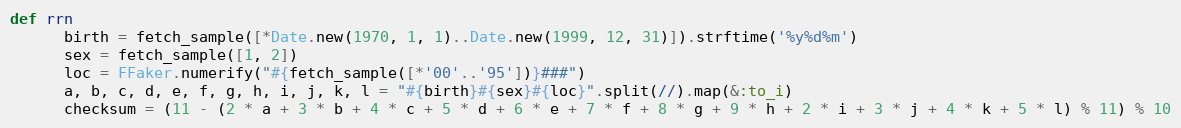
Language: Ruby
def rrn
      birth = fetch_sample([*Date.new(1970, 1, 1)..Date.new(1999, 12, 31)]).strftime('%y%d%m')
      sex = fetch_sample([1, 2])
      loc = FFaker.numerify("#{fetch_sample([*'00'..'95'])}###")
      a, b, c, d, e, f, g, h, i, j, k, l = "#{birth}#{sex}#{loc}".split(//).map(&:to_i)
      checksum = (11 - (2 * a + 3 * b + 4 * c + 5 * d + 6 * e + 7 * f + 8 * g + 9 * h + 2 * i + 3 * j + 4 * k + 5 * l) % 11) % 10